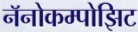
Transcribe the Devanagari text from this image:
नॅनोकम्पोझिट